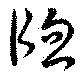
窓